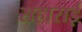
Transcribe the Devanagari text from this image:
सहाराई